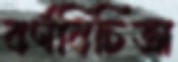
বর্ণবিচিত্রা